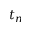
t _ { n }